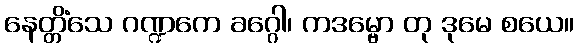
နေတ္တိံသေ ဂဏ္ဍကေ ခဂ္ဂေါ၊ ကဒမ္ဗော တု ဒုမေ စယေ။